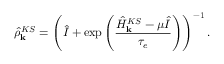
\hat { \rho } _ { \bf k } ^ { K S } = \left( \hat { I } + \exp \left( \frac { \hat { H } _ { \bf k } ^ { K S } - \mu \hat { I } } { \tau _ { e } } \right) \right) ^ { - 1 } .